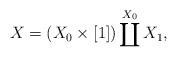
LaTeX: \begin{align*}X=(X_0\times[1])\coprod^{X_0}X_1,\end{align*}